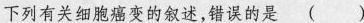
下列有关细胞癌变的叙述，错误的是()